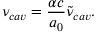
\nu _ { c a v } = \frac { \alpha c } { a _ { 0 } } \tilde { \nu } _ { c a v } .